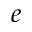
e